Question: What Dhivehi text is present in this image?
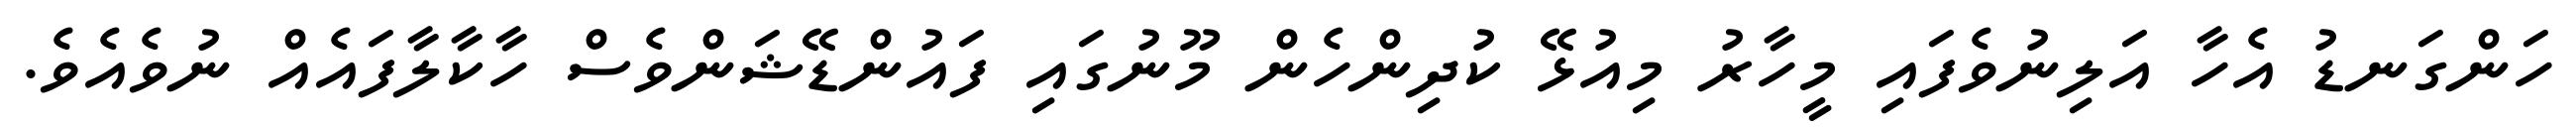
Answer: ހަންގަނޑު އެހާ އަލިނުވެފައި މީހާރު މިއުޅޭ ކުދިންހެން މޫނުގައި ފައުންޑޭޝަންވެސް ހާކާލާފައެއް ނުވެއެވެ.